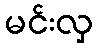
မင်းလှ